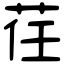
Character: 荏